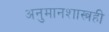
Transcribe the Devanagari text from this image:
अनुमानशास्त्रही